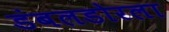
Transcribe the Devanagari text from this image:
डंबलडोरला